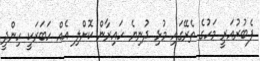
ފެބުރުއަރީ މަހުގެ ތެރޭގައި މުޅި ދުނިޔެ ހައިރާން ކޮށްލި އެއް ހަބަރަކީ ހިންދީ